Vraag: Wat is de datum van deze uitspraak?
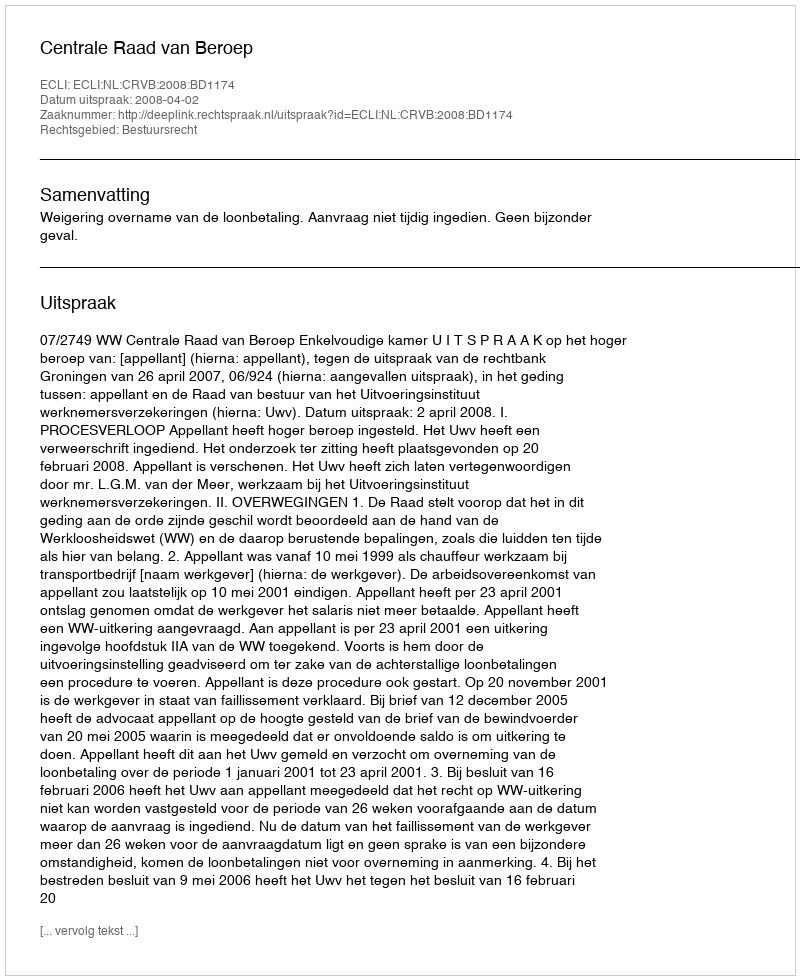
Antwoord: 2008-04-02